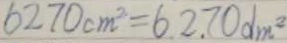
6 2 7 0 c m ^ { 2 } = 6 2 . 7 0 d m ^ { 2 }